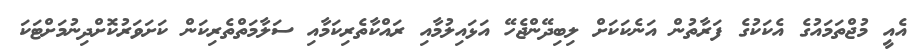
އެއީ މުޖްތަމައުގެ އެކަކުގެ ފަރާތުން އަނެކަކަށް ލިބިދޭންޖެހޭ އަޅައިލުމާއި ރައްކާތެރިކަމާއި ސަލާމަތްތެރިކަން ކަށަވަރުކޮށްދިނުމަށްޓަކަ